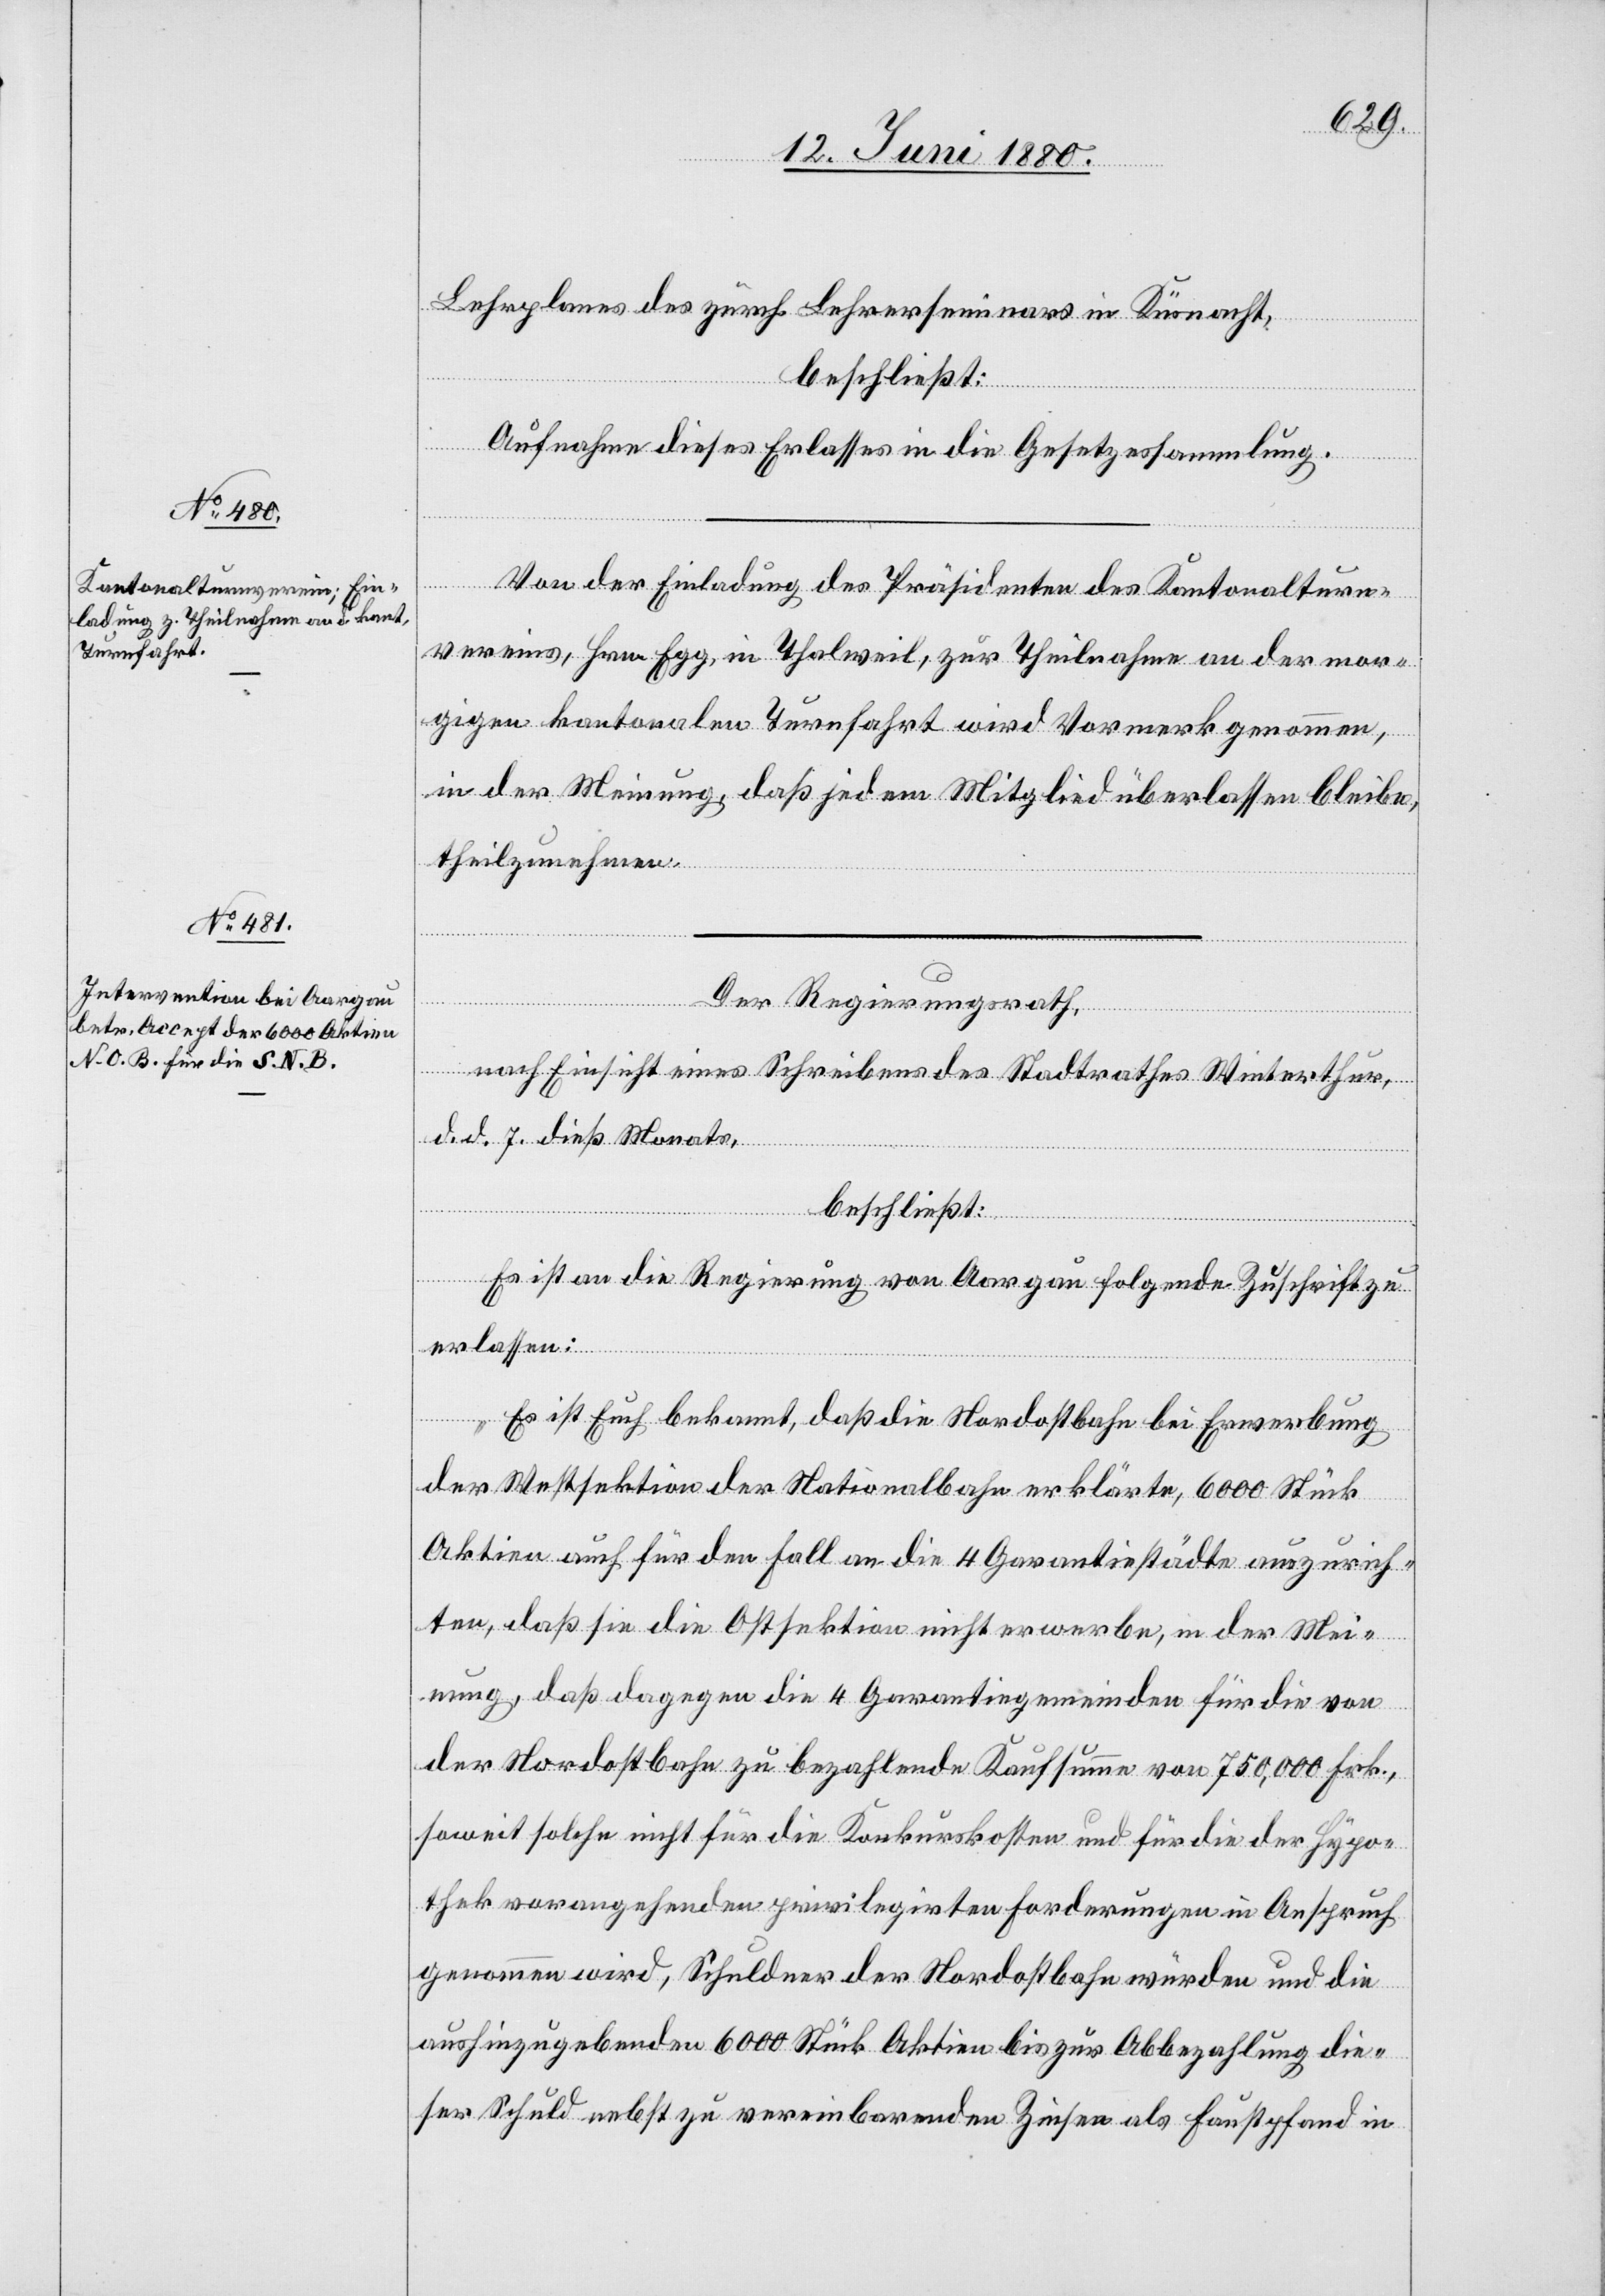
Lehrplanes des zürch Lehrerseminars in Küsnacht,
beschließt:
Aufnahme dieses Erlasses in die Gesetzessammlung.
Von der Einladung des Präsidenten des Kantonalturn¬
vereins, Hrn. Egg, in Thalweil, zur Theilnahme an der mor¬
gigen kantonalen Turnfahrt wird Vormerk genommen,
in der Meinung, daß jedem Mitglied überlassen bleibe,
theilzunehmen.
Der Regierungsrath,
nach Einsicht eines Schreibens des Stadtrathes Winterthur,
d. d. 7. dieß Monats.
beschließt:
Es ist an die Regierung von Aargau folgende Zuschrift zu
erlassen:
„Es ist Euch bekannt, daß die Nordostbahn bei Erwerbung
der Westsektion der Nationalbahn erklärte, 6000 Stück
Aktien auch für den Fall an die 4 Garantiestädte auszurich¬
ten, daß sie die Ostsektion nicht erwerbe, in der Mei¬
nung, daß dagegen die 4 Garantiegemeinden für die von
der Nordostbahn zu bezahlende Kaufsumme von 750,000 Frk.,
soweit solche nicht für die Konkurskosten und für die der Hypo¬
thek vorausgehenden privilegirten Forderungen in Anspruch
genommen wird, Schuldner der Nordostbahn würden und die
aushinzugebenden 6000 Stück Aktien bis zur Abbezahlung die¬
ser Schuld nebst zu vereinbarenden Zinsen als Faustpfand in